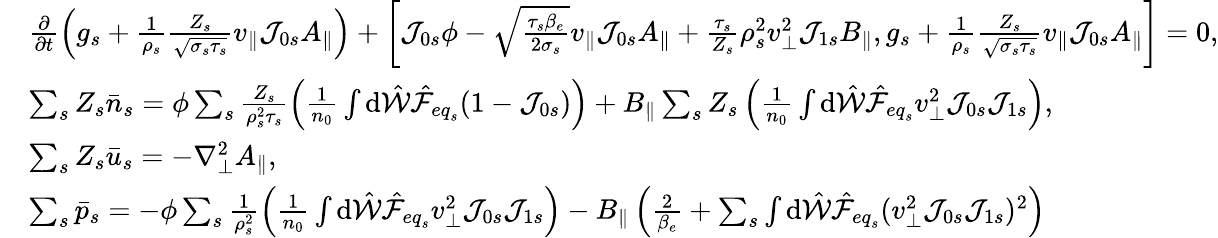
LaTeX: \begin{array}{rl}&{\frac{\partial}{\partial t}\left(g_{s}+\frac{1}{\rho_{s}}\frac{Z_{s}}{\sqrt{\sigma_{s}\tau_{s}}}v_{\parallel}\mathcal{J}_{0s}A_{\parallel}\right)+\left[\mathcal{J}_{0s}\phi-\sqrt{\frac{\tau_{s}\beta_{e}}{2\sigma_{s}}}v_{\parallel}\mathcal{J}_{0s}A_{\parallel}+\frac{\tau_{s}}{Z_{s}}\rho_{s}^{2}v_{\perp}^{2}\mathcal{J}_{1s}B_{\parallel},g_{s}+\frac{1}{\rho_{s}}\frac{Z_{s}}{\sqrt{\sigma_{s}\tau_{s}}}v_{\parallel}\mathcal{J}_{0s}A_{\parallel}\right]=0,}\\ &{\sum_{s}Z_{s}\bar{n}_{s}=\phi\sum_{s}\frac{Z_{s}}{\rho_{s}^{2}\tau_{s}}\left(\frac{1}{n_{0}}\int\mathrm{d}\hat{\mathcal{W}}\hat{\mathcal{F}}_{{eq}_{s}}(1-\mathcal{J}_{0s})\right)+B_{\parallel}\sum_{s}Z_{s}\left(\frac{1}{n_{0}}\int\mathrm{d}\hat{\mathcal{W}}\hat{\mathcal{F}}_{{eq}_{s}}v_{\perp}^{2}\mathcal{J}_{0s}\mathcal{J}_{1s}\right),}\\ &{\sum_{s}Z_{s}\bar{u}_{s}=-\nabla_{\perp}^{2}A_{\parallel},}\\ &{\sum_{s}\bar{p}_{s}=-\phi\sum_{s}\frac{1}{\rho_{s}^{2}}\left(\frac{1}{n_{0}}\int\mathrm{d}\hat{\mathcal{W}}\hat{\mathcal{F}}_{{eq}_{s}}v_{\perp}^{2}\mathcal{J}_{0s}\mathcal{J}_{1s}\right)-B_{\parallel}\left(\frac{2}{\beta_{e}}+\sum_{s}\int\mathrm{d}\hat{\mathcal{W}}\hat{\mathcal{F}}_{{eq}_{s}}(v_{\perp}^{2}\mathcal{J}_{0s}\mathcal{J}_{1s})^{2}\right)}\end{array}